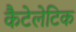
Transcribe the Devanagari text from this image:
कैटेलेटिक